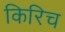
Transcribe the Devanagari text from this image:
किरिच